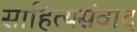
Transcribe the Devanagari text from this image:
साहित्यसंवाद